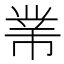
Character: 𢄁